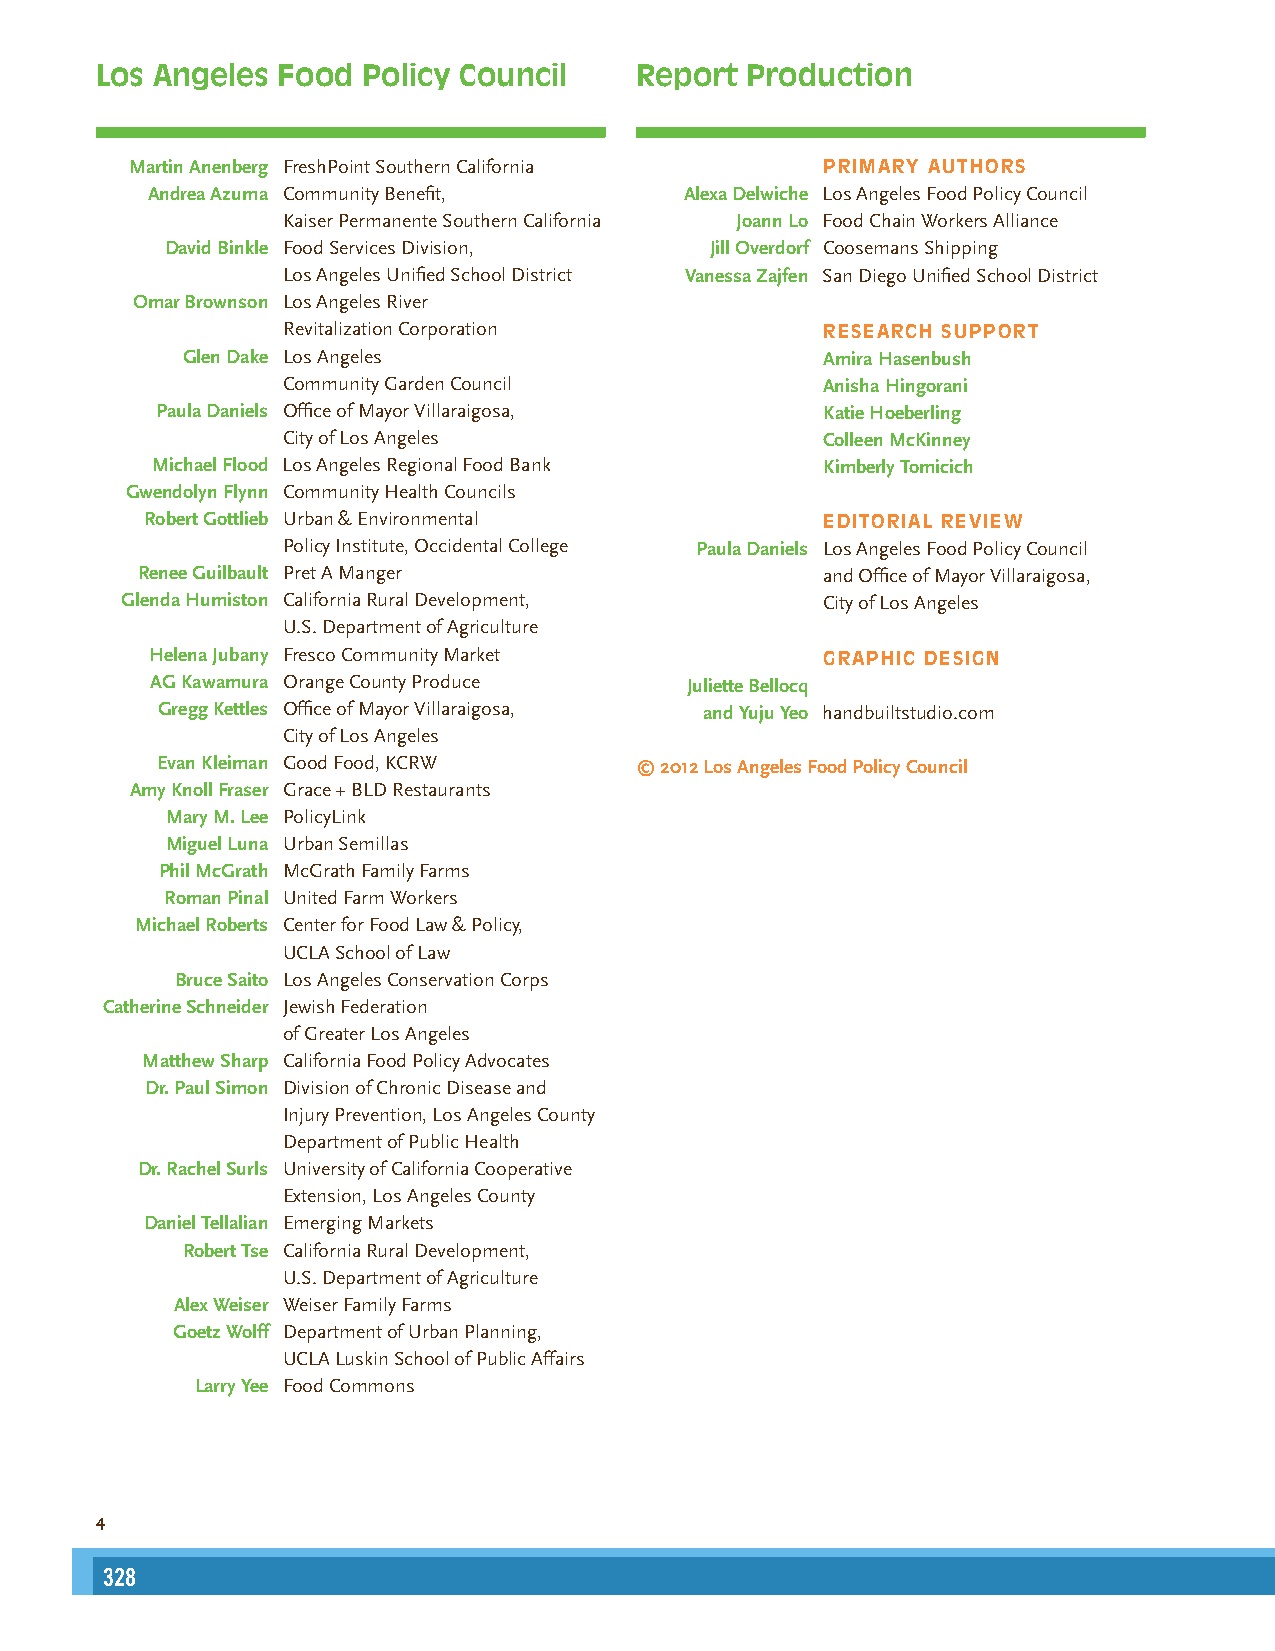
Los Angeles Food  Policy Council    Report Production
 Martin Anenberg FreshPoint Southern California PRIMARY AUTHORS
 Andrea Azuma Community Benefit,    Alexa Delwiche Los Angeles Food Policy Council
 Kaiser Permanente Southern California Joann Lo Food Chain Workers Alliance
 David Binkle Food Services Division, Jill Overdorf Coosemans Shipping
 Los Angeles Unified School District Vanessa Zajfen San Diego Unified School District
 Omar Brownson Los Angeles River
 Revitalization Corporation          RESEARCH SUPPORT
 Glen Dake Los Angeles                      Amira Hasenbush
 Community Garden Council            Anisha Hingorani
 Paula Daniels Office of Mayor Villaraigosa,  Katie Hoeberling
 City of Los Angeles                 Colleen McKinney
 Michael Flood Los Angeles Regional Food Bank Kimberly Tomicich
 Gwendolyn Flynn Community Health Councils
 Robert Gottlieb Urban & Environmental        EDITORIAL REVIEW
 Policy Institute, Occidental College Paula Daniels Los Angeles Food Policy Council
 Renee Guilbault Pret A Manger                 and Office of Mayor Villaraigosa,
 Glenda Humiston California Rural Development,  City of Los Angeles
 U.S. Department of Agriculture
 Helena Jubany Fresco Community Market        GRAPHIC DESIGN
 AG Kawamura Orange County Produce  Juliette Bellocq
 Gregg Kettles Office of Mayor Villaraigosa, and Yuju Yeo handbuiltstudio.com
 City of Los Angeles
 Evan Kleiman Good Food, KCRW    © 2012 Los Angeles Food Policy Council
 Amy Knoll Fraser Grace + BLD Restaurants
 Mary M. Lee PolicyLink
 Miguel Luna Urban Semillas
 Phil McGrath McGrath Family Farms
 Roman Pinal United Farm Workers
 Michael Roberts Center for Food Law & Policy,
 UCLA School of Law
 Bruce Saito Los Angeles Conservation Corps
 Catherine Schneider Jewish Federation
 of Greater Los Angeles
 Matthew Sharp California Food Policy Advocates
 Dr. Paul Simon Division of Chronic Disease and
 Injury Prevention, Los Angeles County
 Department of Public Health
 Dr. Rachel Surls University of California Cooperative
 Extension, Los Angeles County
 Daniel Tellalian Emerging Markets
 Robert Tse California Rural Development,
 U.S. Department of Agriculture
 Alex Weiser Weiser Family Farms
 Goetz Wolff Department of Urban Planning,
 UCLA Luskin School of Public Affairs
 Larry Yee Food Commons
 4
 328                                                                                                                                                      329